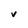
Character: v